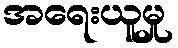
အရေးယူမှု